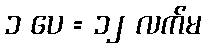
၁ ပေ = ၁၂ လက်မ